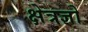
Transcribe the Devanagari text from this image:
क्षेत्रज्ञो